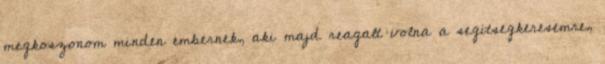
megkoszonom minden embernek, aki majd reagalt volna a segitsegkeresemre,